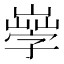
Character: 𡦙